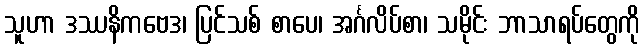
သူဟာ ဒဿနိကဗေဒ၊ ပြင်သစ် စာပေ၊ အင်္ဂလိပ်စာ၊ သမိုင်း ဘာသာရပ်တွေကို